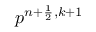
p ^ { n + \frac { 1 } { 2 } , k + 1 }